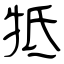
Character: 牴